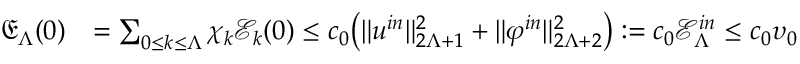
\begin{array} { r l } { \mathfrak { E } _ { \Lambda } ( 0 ) } & { = \sum _ { 0 \leq k \leq \Lambda } \chi _ { k } \mathcal { E } _ { k } ( 0 ) \leq c _ { 0 } \big ( \| u ^ { i n } \| _ { 2 \Lambda + 1 } ^ { 2 } + \| \varphi ^ { i n } \| _ { 2 \Lambda + 2 } ^ { 2 } \big ) : = c _ { 0 } \mathcal { E } _ { \Lambda } ^ { i n } \le c _ { 0 } \upsilon _ { 0 } } \end{array}